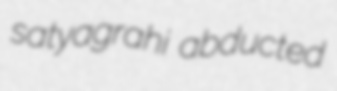
satyagrahi abducted